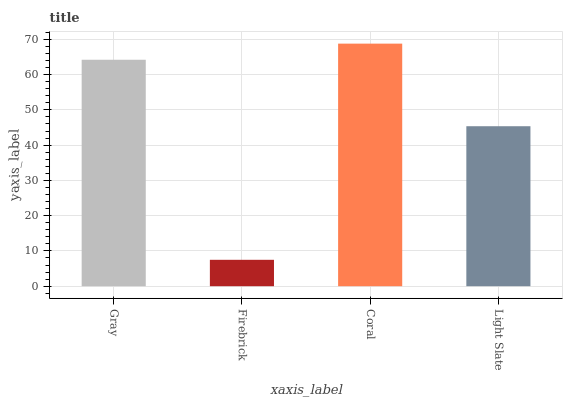
| xaxis_label | bars |
 | --- | --- |
 | Gray | 64.2 |
 | Firebrick | 7.48 |
 | Coral | 68.8 |
 | Light Slate | 45.4 |